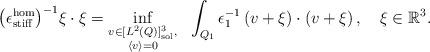
LaTeX: \begin{align*}\bigl( \epsilon^{\rm hom}_{\rm stiff} \bigr)^{-1}\xi\cdot\xi = \inf_{ \substack{ v \in [L^2(Q)]^3_{\rm sol}, \\ \langle v\rangle = 0}} \ \ \int_{Q_1}\epsilon_1^{-1}\left(v+\xi\right) \cdot \left(v+\xi\right),\ \ \ \xi\in{\mathbb R}^3.\end{align*}